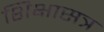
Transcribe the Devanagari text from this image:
शिक्षासत्र